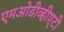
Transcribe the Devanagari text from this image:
एमओडीव्हीएटी